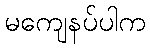
မကျေနပ်ပါက